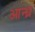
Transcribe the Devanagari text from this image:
आन्‍ध्र